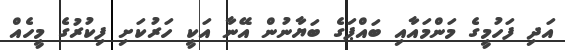
އަދި ފަހުމީގެ މަންމައާއި ބައްޕަގެ ބަޔާނުން އޭނާ އަކީ ހަރުކަށި ފިކުރުގެ މީހެއް